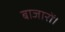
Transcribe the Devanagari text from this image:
बाजारों।